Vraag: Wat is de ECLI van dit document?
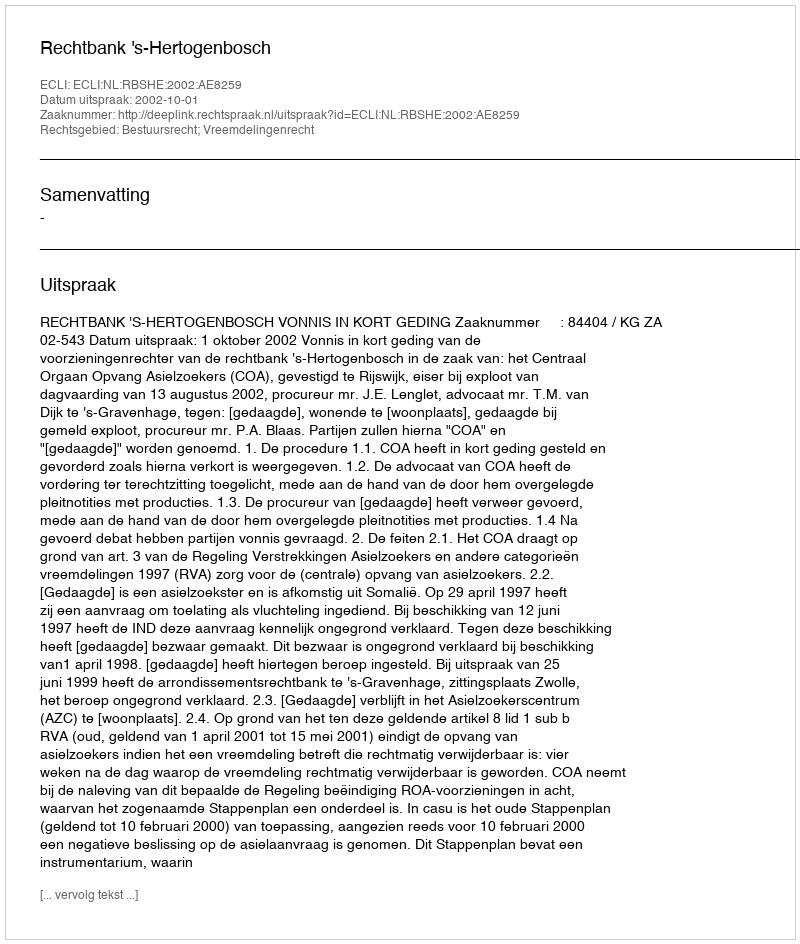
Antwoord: ECLI:NL:RBSHE:2002:AE8259